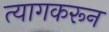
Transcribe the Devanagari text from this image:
त्यागकरून